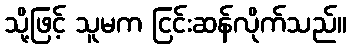
သို့ဖြင့် သူမက ငြင်းဆန်လိုက်သည်။